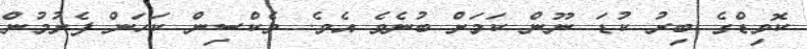
ކޮވިޑްގެ ބިރު ކުޑަ ނޫން ކަމަށް ބުނެވެ އެވެ. ވެކްސިން ކަހަން ފެށުމުން